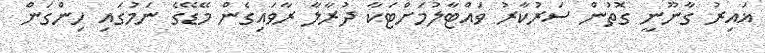
ޣައިރު ގާނޫނީ ގޮތުން ސަރުކާރު ވައްޓާލުމަށްޓަކާ ދުރާލާ ރާވައިގެން މޭޑޭގެ ނަމުގައި ހިންގަން